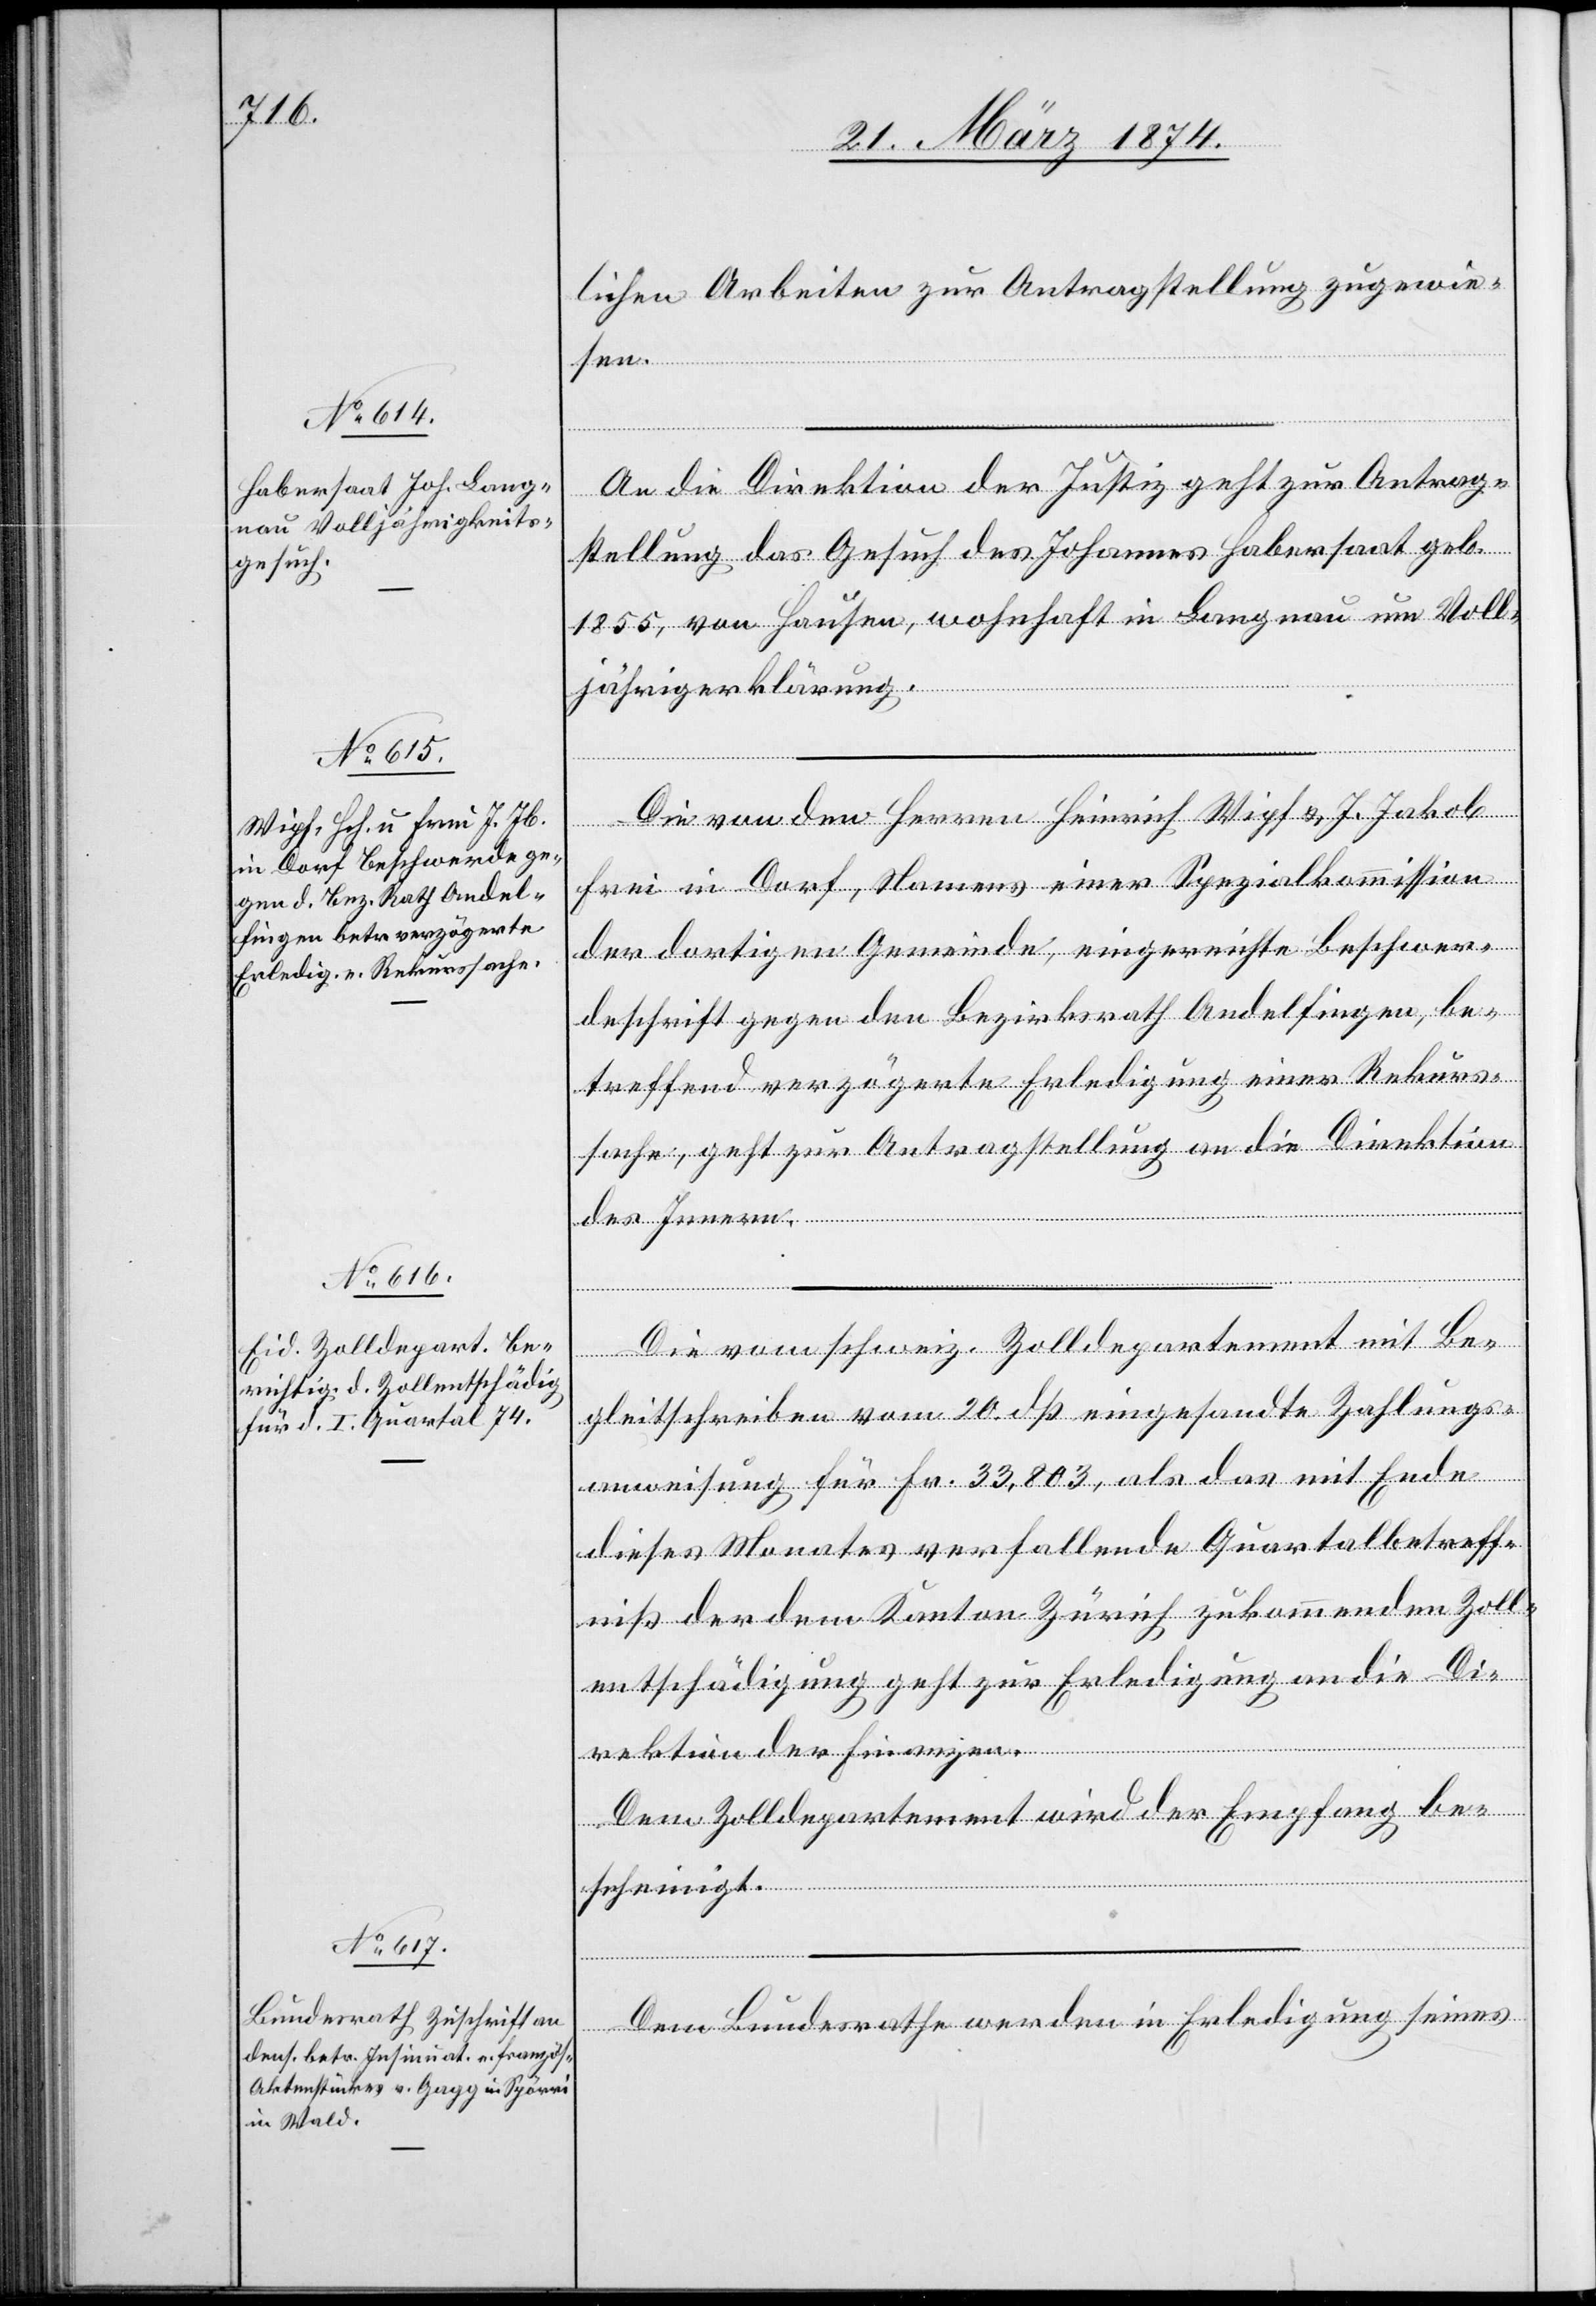
23. März 1874.]
lichen Arbeiten zur Antragstellung zugewie¬
sen.
An die Direktion der Justiz geht zur Antrag¬
stellung das Gesuch des Johannes Habersaat geb.
1855, von Hausen, wohnhaft in Langnau um Voll¬
jährigerklärung.
Die von den Herren Heinrich Wipf u. J. Jakob
Frei in Dorf, Namens einer Spezialkommission
der dortigen Gemeinde, eingereichte Beschwer¬
deschrift gegen den Bezirksrath Andelfingen, be¬
treffend verzögerte Erledigung einer Rekurs¬
sache geht zur Antragstellung an die Direktion
des Innern.
Die vom schweiz. Zolldepartement mit Be¬
gleitschreiben vom 20. dß eingesandte Zahlungs¬
anweisung für Fr. 33,803, als das mit Ende
dieses Monates verfallende Quartalbetreff¬
niß der dem Kanton Zürich zukommenden Zoll¬
entschädigung geht zur Erledigung an die Di¬
rektion der Finanzen.
Dem Zolldepartement wird der Empfang be¬
scheinigt.
Dem Bundesrathe werden in Erledigung seines